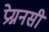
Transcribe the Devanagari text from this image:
प्रेग्ननसी